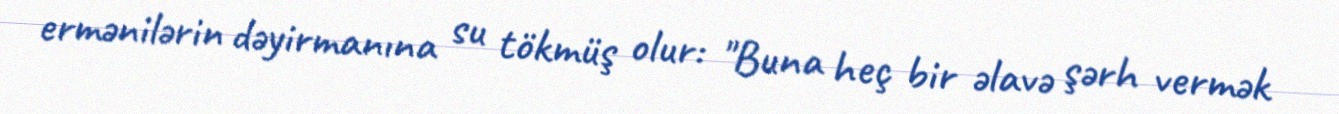
ermənilərin dəyirmanına su tökmüş olur: "Buna heç bir əlavə şərh vermək